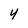
Character: 4